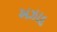
અઝાદ